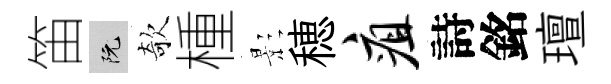
笛阮欹㮔影穂疽詩銘璮